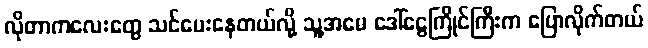
လိုတာကလေးတွေ သင်ပေးနေတယ်လို့ သူ့အမေ ဒေါ်ငွေကြိုင်ကြီးက ပြောလိုက်တယ်